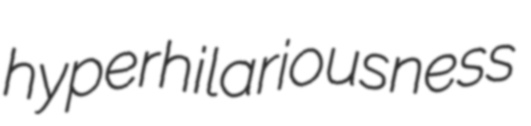
hyperhilariousness